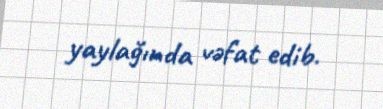
yaylağında vəfat edib.